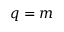
q = m